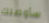
سأوصلك